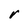
Character: V